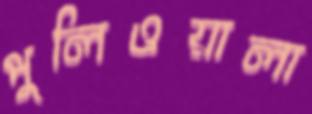
পুলিওয়ালা